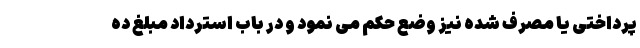
پرداختی یا مصرف شده نیز وضع حکم می نمود و در باب استرداد مبلغ ده